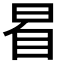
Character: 𣆢